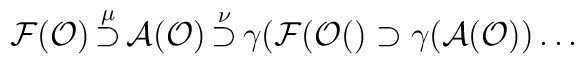
{\cal F}({\cal O})  \mathop{\supset}^{\mu } {\cal A}({\cal O})  \mathop{\supset}^{\nu} \gamma ({\cal F}({\cal O }()   \supset \gamma ({\cal A}({\cal O}))     \dots